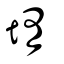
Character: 堶